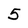
Character: 5